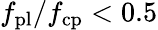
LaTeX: f_{\mathrm{pl}}/f_{\mathrm{cp}}<0.5